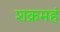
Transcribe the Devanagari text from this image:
शक्रमहं